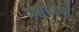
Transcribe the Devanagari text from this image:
अष्टनागों